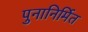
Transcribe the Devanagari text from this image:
पुनानिर्मित